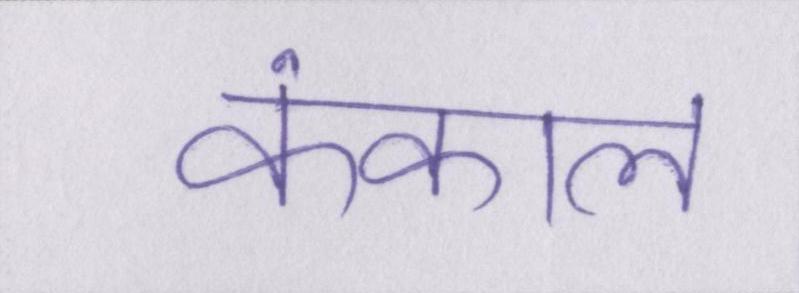
कंकाल